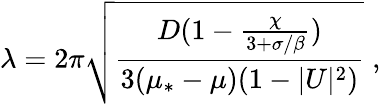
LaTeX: \lambda=2\pi\sqrt{\frac{D(1-\frac{\chi}{3+\sigma/\beta})}{3(\mu_{*}-\mu)(1-|U|^{2})}}\; ,